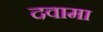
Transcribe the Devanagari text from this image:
दवामा